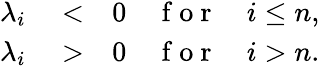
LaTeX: \begin{array}{rlr}{\lambda_{i}}&{{}<}&{0\quad\mathrm{~f~o~r~}\quad i\le n,}\\ {\lambda_{i}}&{{}>}&{0\quad\mathrm{~f~o~r~}\quad i>n.}\end{array}